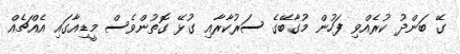
ގޭ ބަންދު ކުރެއްވި ފަހުން މުގާބޭގެ ސަރުކާރާއި ގުޅޭ ގޮތުންވެސް މީޑިއާގައި އެއްޗެއް